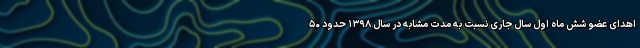
اهدای عضو شش ماه اول سال جاری نسبت به مدت مشابه در سال ۱۳۹۸ حدود ۵۰